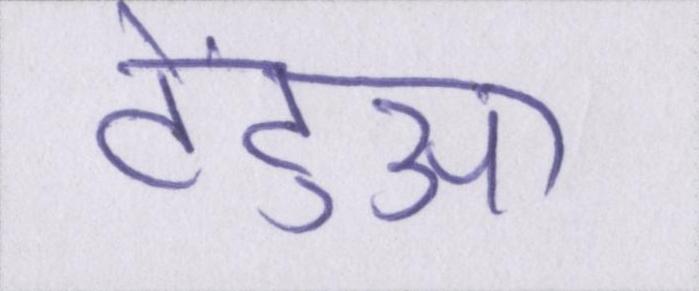
टेंटुआ